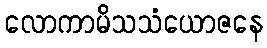
လောကာမိသသံယောဇနေ